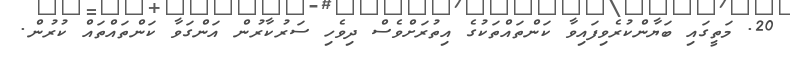
20. މަތީގައި ބަޔާންކުރެވިފައިވާ ކަންތައްތަކުގެ އިތުރަށްވެސް ދިވެހި ސަރުކާރުން އަންގަވާ ކަންތައްތައް ކުރުން.